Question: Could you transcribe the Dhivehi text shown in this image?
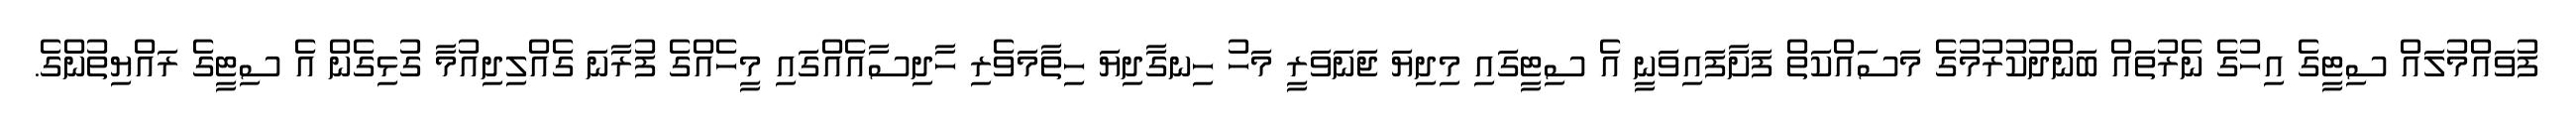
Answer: ފުވައްމުލައް ސިޓީގެ އިހުގެ ނެރުތައް ބަންދުކުރުމުގެ މަސައްކަތް ފަށާފައިވަނީ އެ ސިޓީގައި މިދިޔަ ޖަނަވަރީ މަހު ހިނގާދިޔަ ހިތާމަވެރި ހާދިސާއެއްގައި މީހެއްގެ ފުރާނަ ގެއްލިދިއުމާ ގުޅިގެން އެ ސިޓީގެ ރައްޔިތުންގެ.